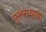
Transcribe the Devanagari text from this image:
पुरूरव्याचा